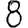
Digit: 8